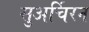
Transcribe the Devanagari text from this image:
सुअर्चिरन